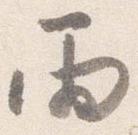
雨